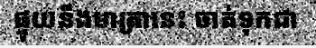
ផ្ទុយនឹងមាត្រានេះ ចាត់ទុកជា